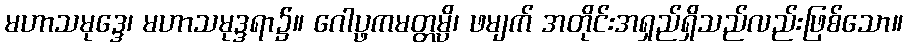
မဟာသမုဒ္ဒေ၊ မဟာသမုဒ္ဒရာ၌။ ဂေါပ္ဖကမတ္တမ္ပိ၊ ဖမျက် အတိုင်းအရှည်ရှိသည်လည်းဖြစ်သော။